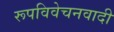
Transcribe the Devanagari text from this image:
रूपविवेचनवादी